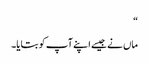
“
ماں نے جیسے اپنے آپ کو بتایا۔